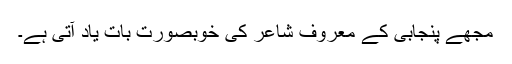
مجھے پنجابی کے معروف شاعر کی خوبصورت بات یاد آتی ہے۔